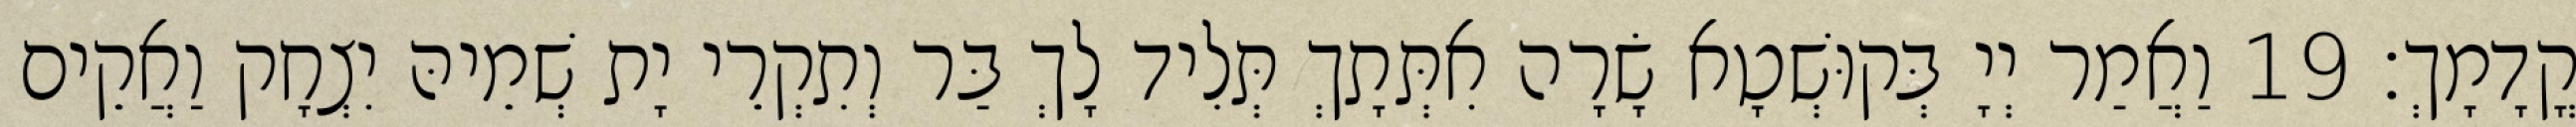
קֳדָמָךְ׃ 19 וַאֲמַר יְיָ בְּקוּשְׁטָא שָׂרָה אִתְּתָךְ תְּלִיד לָךְ בַּר וְתִקְרֵי יָת שְׁמֵיהּ יִצְחָק וַאֲקֵים